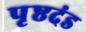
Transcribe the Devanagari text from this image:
पृष्ठदंड